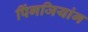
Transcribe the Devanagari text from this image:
पिंगजियांग